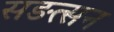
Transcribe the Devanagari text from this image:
सङत्सन